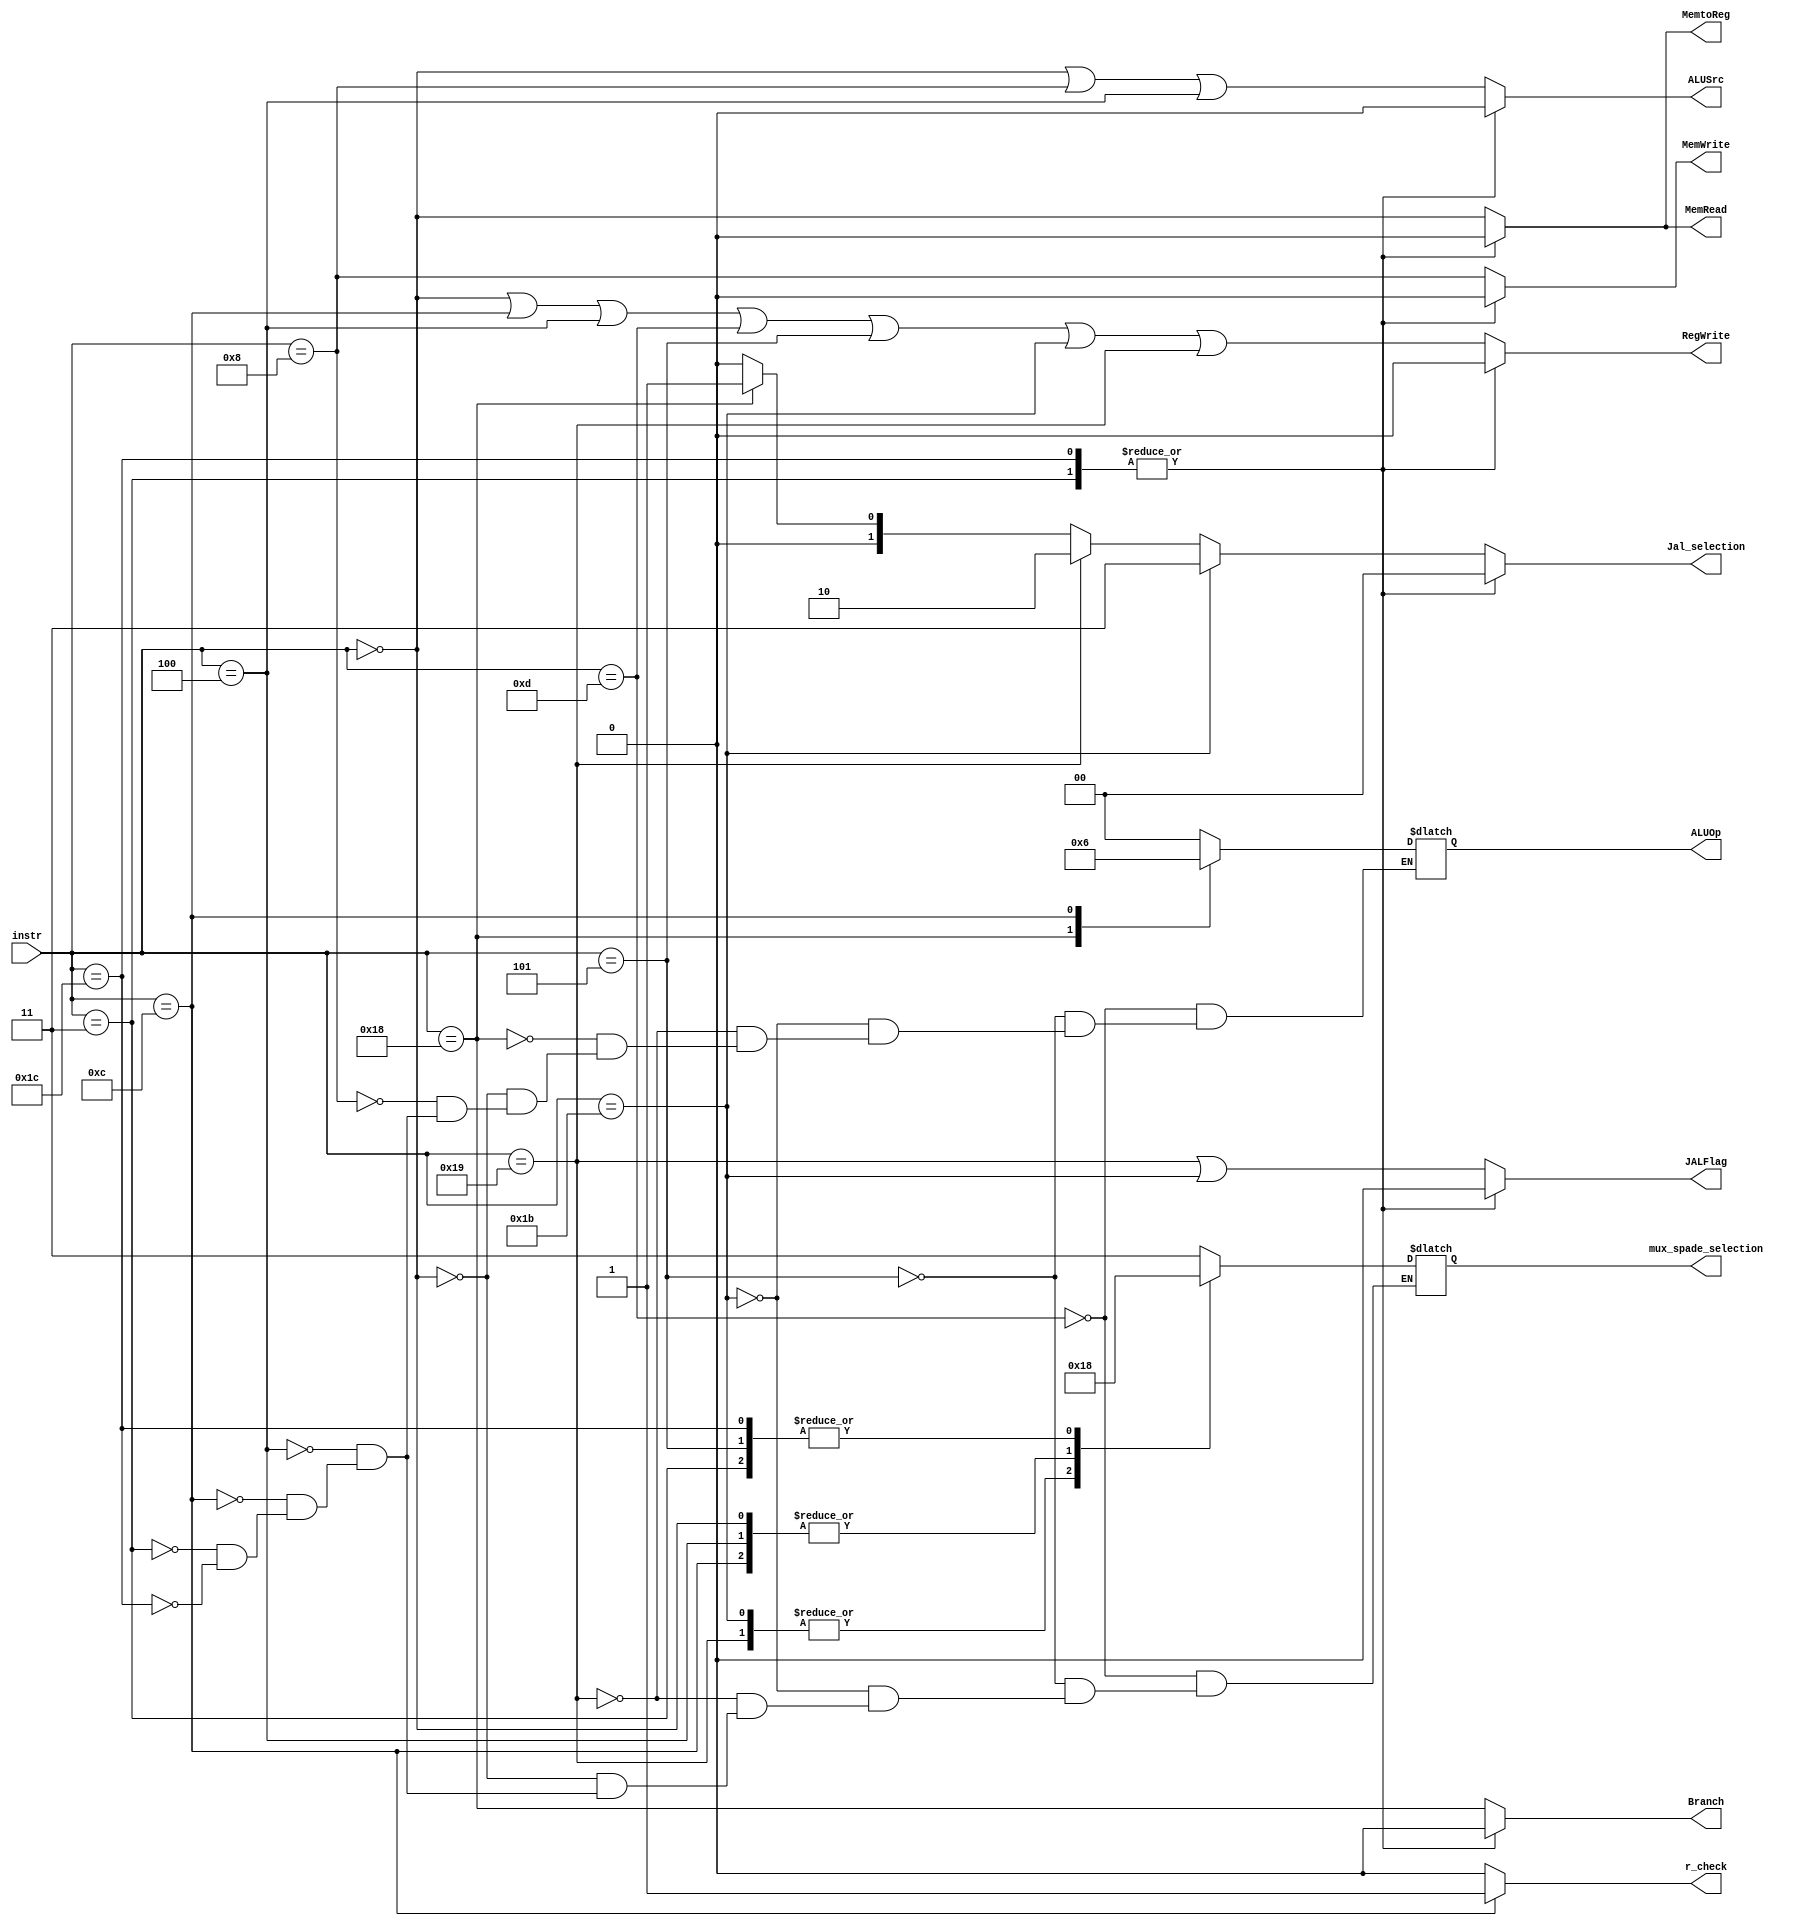
`timescale 1ns/1ns
module control_unit(input [4:0] instr, output reg Branch, MemRead, MemtoReg,  MemWrite, ALUSrc, RegWrite, output reg [1:0] ALUOp, output reg JALFlag, output reg [1:0] Jal_selection, output reg [1:0] mux_spade_selection, output reg r_check);

always @(*) begin 
r_check = 0;

Branch = (instr==5'b11000); //Branch, JALR, JAL
MemRead = (instr==5'b00000);
MemtoReg= (instr==5'b00000);
MemWrite= (instr==5'b01000);
ALUSrc= (instr== 5'b00000) || (instr==5'b01000) || (instr==5'b00100); //This supports the I-format instructions
RegWrite= (instr== 5'b00000)||(instr==5'b01100)||(instr==5'b00100) || (instr==5'b01101) || (instr==5'b00101) || (instr==5'b11011) || (instr==5'b11001);
JALFlag = (instr==5'b11001 || instr==5'b11011);
Jal_selection = 2'b00;
if(instr[4:0] == 5'b11000) begin
Jal_selection = 2'b01; //Branch
end 
if(instr[4:0] == 5'b11001) begin
Jal_selection = 2'b10;  //JALR
end 
if(instr[4:0] == 5'b11011) begin
Jal_selection = 2'b11; //JAL
end
 

case(instr)

5'b01101:begin 
ALUOp=2'b00; //LUI
mux_spade_selection = 2'b11;
end
5'b00101: begin //AUIPC
ALUOp= 2'b00;
mux_spade_selection = 2'b00; 
end
5'b11011: begin
ALUOp = 2'b00; //JAL
mux_spade_selection = 2'b01; 
end
5'b11001: begin
ALUOp = 2'b00;
mux_spade_selection = 2'b01; //JALR
end
5'b11000: ALUOp = 2'b01; //BEQ, BNE, BLT, BGE, BLTU, BGEU
5'b00000: begin
 ALUOp = 2'b00; //LB, LH, LW, LBU, LHU
mux_spade_selection = 2'b10;
end
5'b01000: ALUOp = 2'b00; //SB, SH, SW
5'b00100: begin ALUOp = 2'b00; //ADDI, SLTI, SLTIU, XORI, ORI, ANDI, SLLI, SRLI, SRAI, 
mux_spade_selection = 2'b10;

end
5'b01100: begin
 ALUOp = 2'b10; //ADD, SUB, SLL, SLT, SLTU, XOR, SRL, SRA, OR, AND 
mux_spade_selection = 2'b10;
r_check = 1;
end
//FENCE
/*
output reg [1:0] ALUOp, output reg JALFlag, output reg [1:0] Jal_selection, output reg [1:0] mux_spade_selection, output reg r_check);*/
5'b00011: begin
Branch = 0; MemRead = 0; MemtoReg = 0; MemWrite = 0; ALUSrc = 0; RegWrite = 0; 
ALUOp = 0; JALFlag = 0; Jal_selection = 0; mux_spade_selection = 0; r_check = 0;
end
//EBREAK
5'b11100: begin
Branch = 0; MemRead = 0; MemtoReg = 0; MemWrite = 0; ALUSrc = 0; RegWrite = 0;
ALUOp = 0; JALFlag = 0; Jal_selection = 0; mux_spade_selection = 0; r_check = 0;
end

endcase



end

endmodule